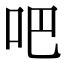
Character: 吧